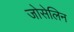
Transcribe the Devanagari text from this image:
जोसेलिन